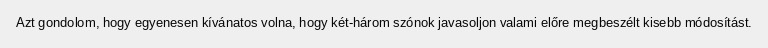
Azt gondolom, hogy egyenesen kívánatos volna, hogy két-három szónok javasoljon valami előre megbeszélt kisebb módosítást.